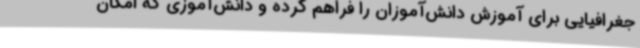
جغرافیایی برای آموزش دانش‌آموزان را فراهم کرده و دانش‌آموزی که امکان